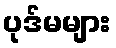
ပုဒ်မများ